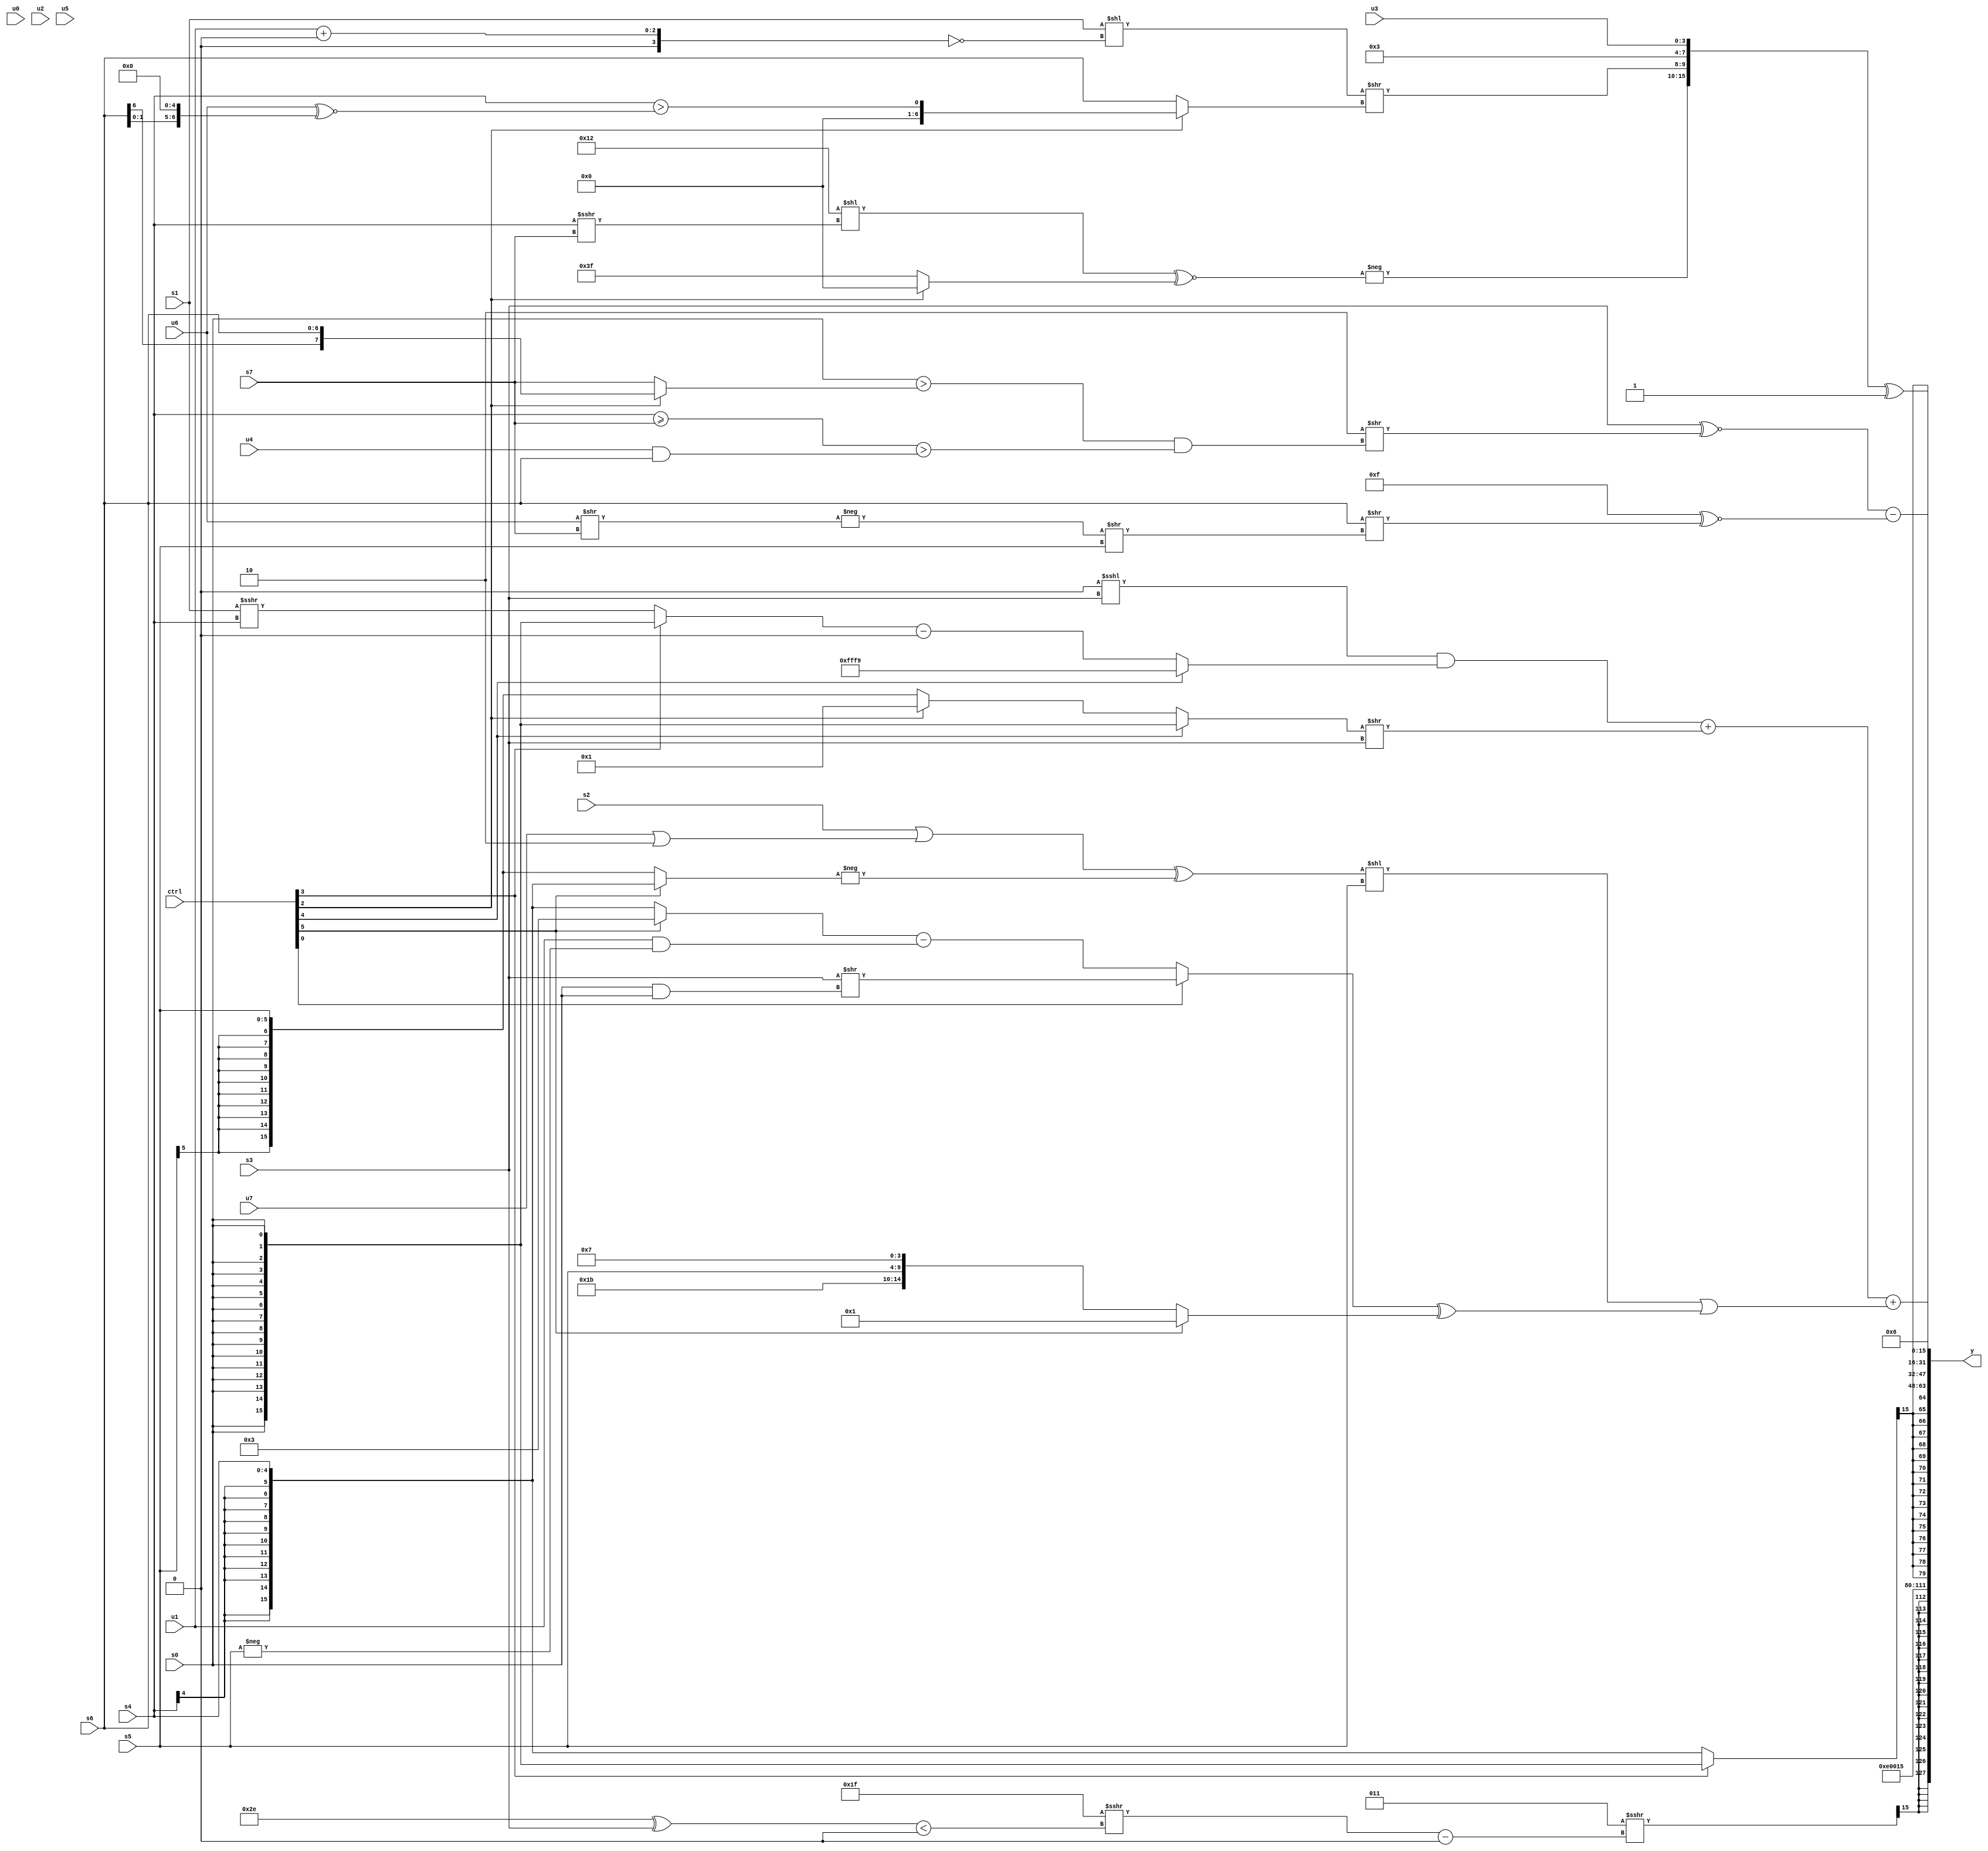
module wideexpr_00823(ctrl, u0, u1, u2, u3, u4, u5, u6, u7, s0, s1, s2, s3, s4, s5, s6, s7, y);
  input [7:0] ctrl;
  input [0:0] u0;
  input [1:0] u1;
  input [2:0] u2;
  input [3:0] u3;
  input [4:0] u4;
  input [5:0] u5;
  input [6:0] u6;
  input [7:0] u7;
  input signed [0:0] s0;
  input signed [1:0] s1;
  input signed [2:0] s2;
  input signed [3:0] s3;
  input signed [4:0] s4;
  input signed [5:0] s5;
  input signed [6:0] s6;
  input signed [7:0] s7;
  output [127:0] y;
  wire [15:0] y0;
  wire [15:0] y1;
  wire [15:0] y2;
  wire [15:0] y3;
  wire [15:0] y4;
  wire [15:0] y5;
  wire [15:0] y6;
  wire [15:0] y7;
  assign y = {y0,y1,y2,y3,y4,y5,y6,y7};
  assign y0 = ((~(3'sb100))>>>(((6'b011111)>>>(((6'sb101110)^(s3))<((2'sb01)+(1'sb1))))-(&({{2'sb10,4'sb0110,s5},$signed(s6),(2'sb10)>>>(4'sb1000),{4{1'sb1}}}))))>>>($signed(6'sb011111));
  assign y1 = 5'sb01110;
  assign y2 = 6'sb010101;
  assign y3 = ((ctrl[3]?$signed({3{{s0}}}):s4))>>>(6'sb101011);
  assign y4 = 4'b0110;
  assign y5 = ((s3)^~((2'sb10)>>($unsigned((($signed(s0))>((ctrl[2]?s6:s7)))&(((s4)>=(s7))>((u4)&(s6)))))))-(+(((-(-((3'sb001)^(5'sb01100))))|(3'sb010))^~((s6)>>((-((u6)>>(s7)))>>(s5)))));
  assign y6 = (((+((3'sb000)<<<(s3)))&((ctrl[4]?4'sb1001:((ctrl[3]?s0:(s1)>>>(s4)))-(5'sb00000))))+(((ctrl[4]?+(s0):(ctrl[2]?-($signed(2'b11)):s5)))>>(s3)))+(((((s2)|(($signed(u7))|((ctrl[2]?3'sb110:3'sb110))))^(-((ctrl[5]?$signed(s4):$signed(s5)))))<<(s5))|(((ctrl[0]?(s3)>>($signed((s0)&(s0))):((ctrl[5]?-(3'sb101):s4))-(($signed(u1))&(-(s5)))))^($signed($signed((ctrl[5]?(4'b0111)!=(5'b00100):{5'sb11011,s5,4'sb0111}))))));
  assign y7 = ($signed({-((+(($signed($signed(6'sb110010)))<<((s4)>>>($signed(s7)))))^~((ctrl[2]?((ctrl[3]?5'sb00011:(6'sb010100)&(s4)))<<<({4{$signed(6'sb011000)}}):1'sb1))),(((s1)>>>((-(u4))<<<(6'sb000101)))<<(!((u1)+(+({1{4'sb0000}})))))>>((ctrl[2]?(+(s4))>($signed(($signed(u6))^~((s6)<<<(4'b0101)))):s6)),(2'sb00)^(4'sb0011),u3}))^(3'b001);
endmodule